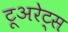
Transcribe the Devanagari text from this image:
टूअरेट्स